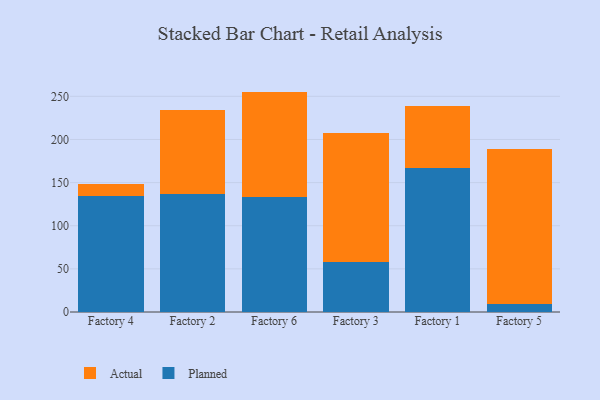
{"axis": {"x": "Factory", "y": "Population (Million)"}, "legend": ["Actual", "Planned"], "data": [{"x": "Factory 4", "y": 134.3, "type": "Planned"}, {"x": "Factory 4", "y": 13.8, "type": "Actual"}, {"x": "Factory 2", "y": 137.3, "type": "Planned"}, {"x": "Factory 2", "y": 96.7, "type": "Actual"}, {"x": "Factory 6", "y": 133.1, "type": "Planned"}, {"x": "Factory 6", "y": 122.4, "type": "Actual"}, {"x": "Factory 3", "y": 57.4, "type": "Planned"}, {"x": "Factory 3", "y": 150.5, "type": "Actual"}, {"x": "Factory 1", "y": 166.8, "type": "Planned"}, {"x": "Factory 1", "y": 72.1, "type": "Actual"}, {"x": "Factory 5", "y": 9.5, "type": "Planned"}, {"x": "Factory 5", "y": 178.9, "type": "Actual"}]}